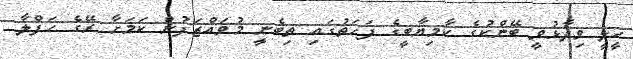
ހީލީ ވިދާޅުވީ ބޭންކުގެ ކާމިޔާބީގެ ފަހަތުގައި ތިބެނީ މުވައްޒަފުން ކަމަށާ ރޭގެ ހަފްލާ